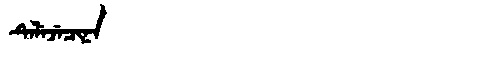
Manchu: ᡨᡝᠯᡝᠵᡝᠴᡳᠨᠠ
Romanization: TELEJECINA